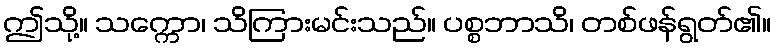
ဤသို့။ သက္ကော၊ သိကြားမင်းသည်။ ပစ္စဘာသိ၊ တစ်ဖန်ရွတ်၏။